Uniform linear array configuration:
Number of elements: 32
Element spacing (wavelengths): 0.5
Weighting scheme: hann
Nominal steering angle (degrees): -30
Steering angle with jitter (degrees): -31.887
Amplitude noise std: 0.05
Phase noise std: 0.05

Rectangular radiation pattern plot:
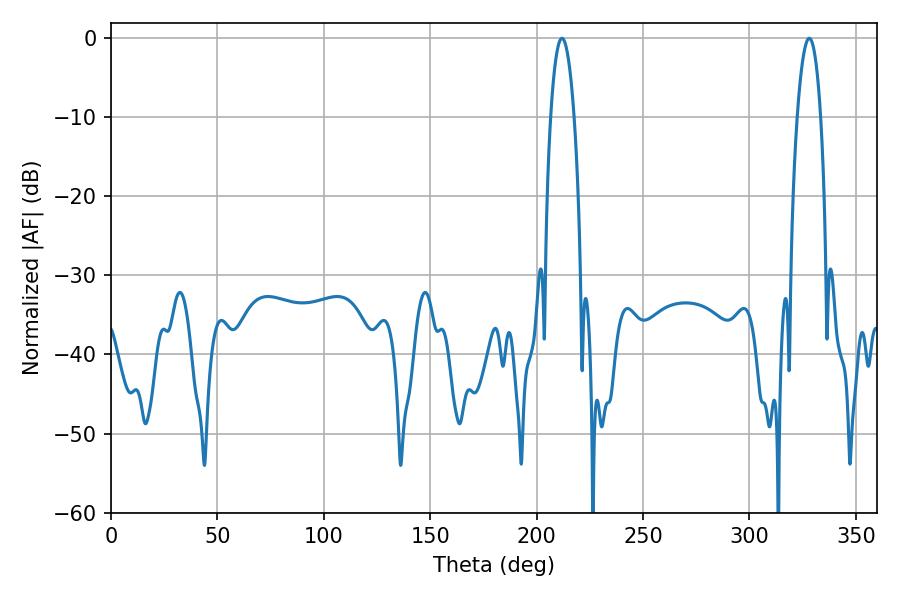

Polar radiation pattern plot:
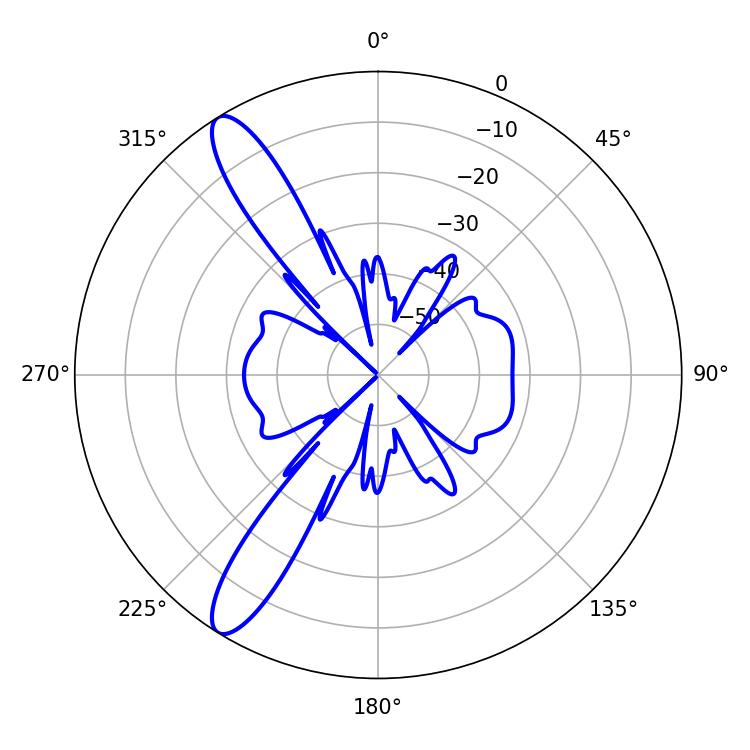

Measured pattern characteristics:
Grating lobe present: FALSE
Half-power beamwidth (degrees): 6.12
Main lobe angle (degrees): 328.14